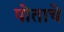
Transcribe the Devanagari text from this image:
पोताचे